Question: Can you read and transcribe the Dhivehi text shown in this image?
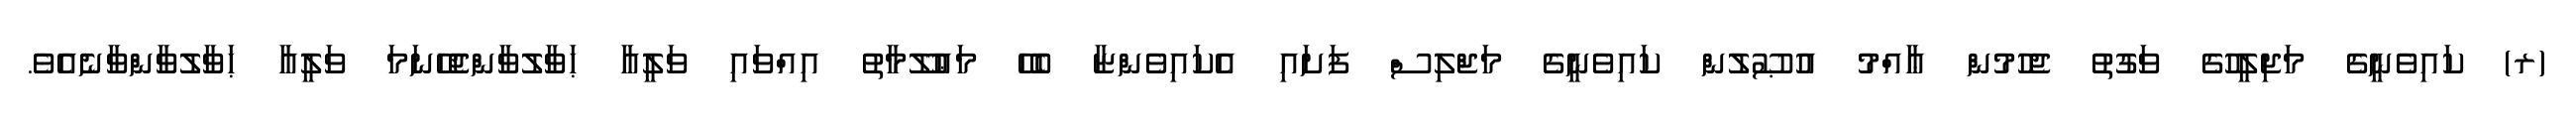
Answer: (ރ) ކައިވެނީގެ މަޖިލީހުގެ ވަގުތު ޖެހުމުން ޢާއްމު އުޞޫލުން ކައިވެނީގެ މަޖްލިސް ފަށައި އެކައިވެންޏާ ބެހޭ މަޢުލޫމާތު އިއްވައި ވަލީއާ ޙަވާލުވާންޖެހޭނަމަ ވަލީއާ ޙަވާލުވާންވާނެއެވެ.